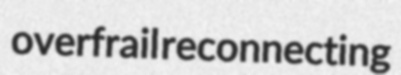
overfrail reconnecting